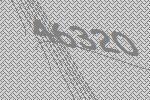
46320